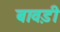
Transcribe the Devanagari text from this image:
बाव़डी